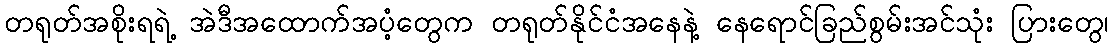
တရုတ်အစိုးရရဲ့ အဲဒီအထောက်အပံ့တွေက တရုတ်နိုင်ငံအနေနဲ့ နေရောင်ခြည်စွမ်းအင်သုံး ပြားတွေ၊